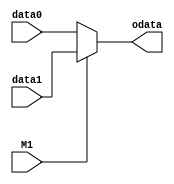
`timescale 1ns / 1ps
//////////////////////////////////////////////////////////////////////////////////
// Company: 
// Engineer: 
// 
// Design Name: 
// Module Name: MUX1
// Project Name: 
// Target Devices: 
// Tool Versions: 
// Description: 
// 
// Dependencies: 
// 
// Revision:
// Revision 0.01 - File Created
// Additional Comments:
// 
//////////////////////////////////////////////////////////////////////////////////


module MUX1(
input [31:0]data0,data1,
input M1,
output [31:0]odata
    );
    assign odata=M1?data1:data0;
endmodule